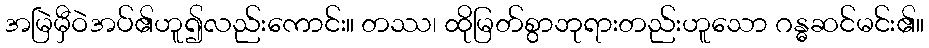
အမြဲမှီဝဲအပ်၏ဟူ၍လည်းကောင်း။ တဿ၊ ထိုမြတ်စွာဘုရားတည်းဟူသော ဂန္ဓဆင်မင်း၏။